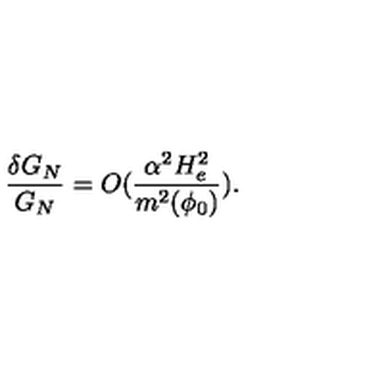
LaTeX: \frac { \delta G _ { N } } { G _ { N } } = O ( \frac { \alpha ^ { 2 } H _ { e } ^ { 2 } } { m ^ { 2 } ( \phi _ { 0 } ) } ) .